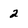
Character: 2